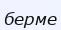
берме